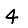
Digit: 4